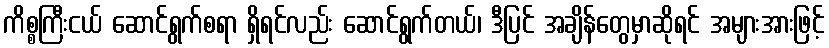
ကိစ္စကြီးငယ် ဆောင်ရွက်စရာ ရှိရင်လည်း ဆောင်ရွက်တယ်၊ ဒီပြင် အချိန်တွေမှာဆိုရင် အများအားဖြင့်